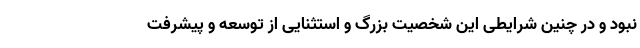
نبود و در چنین شرایطی این شخصیت بزرگ و استثنایی از توسعه و پیشرفت‌